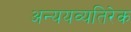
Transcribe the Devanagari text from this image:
अन्ययव्यतिरेक